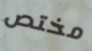
مختص